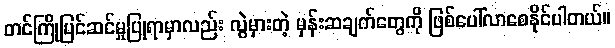
တင်ကြိုပြင်ဆင်မှုပြုရာမှာလည်း လွဲမှားတဲ့ မှန်းဆချက်တွေကို ဖြစ်ပေါ်လာစေနိုင်ပါတယ်။